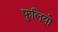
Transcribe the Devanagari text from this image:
फुलियो